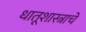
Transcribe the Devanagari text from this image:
धातूशास्त्राचे